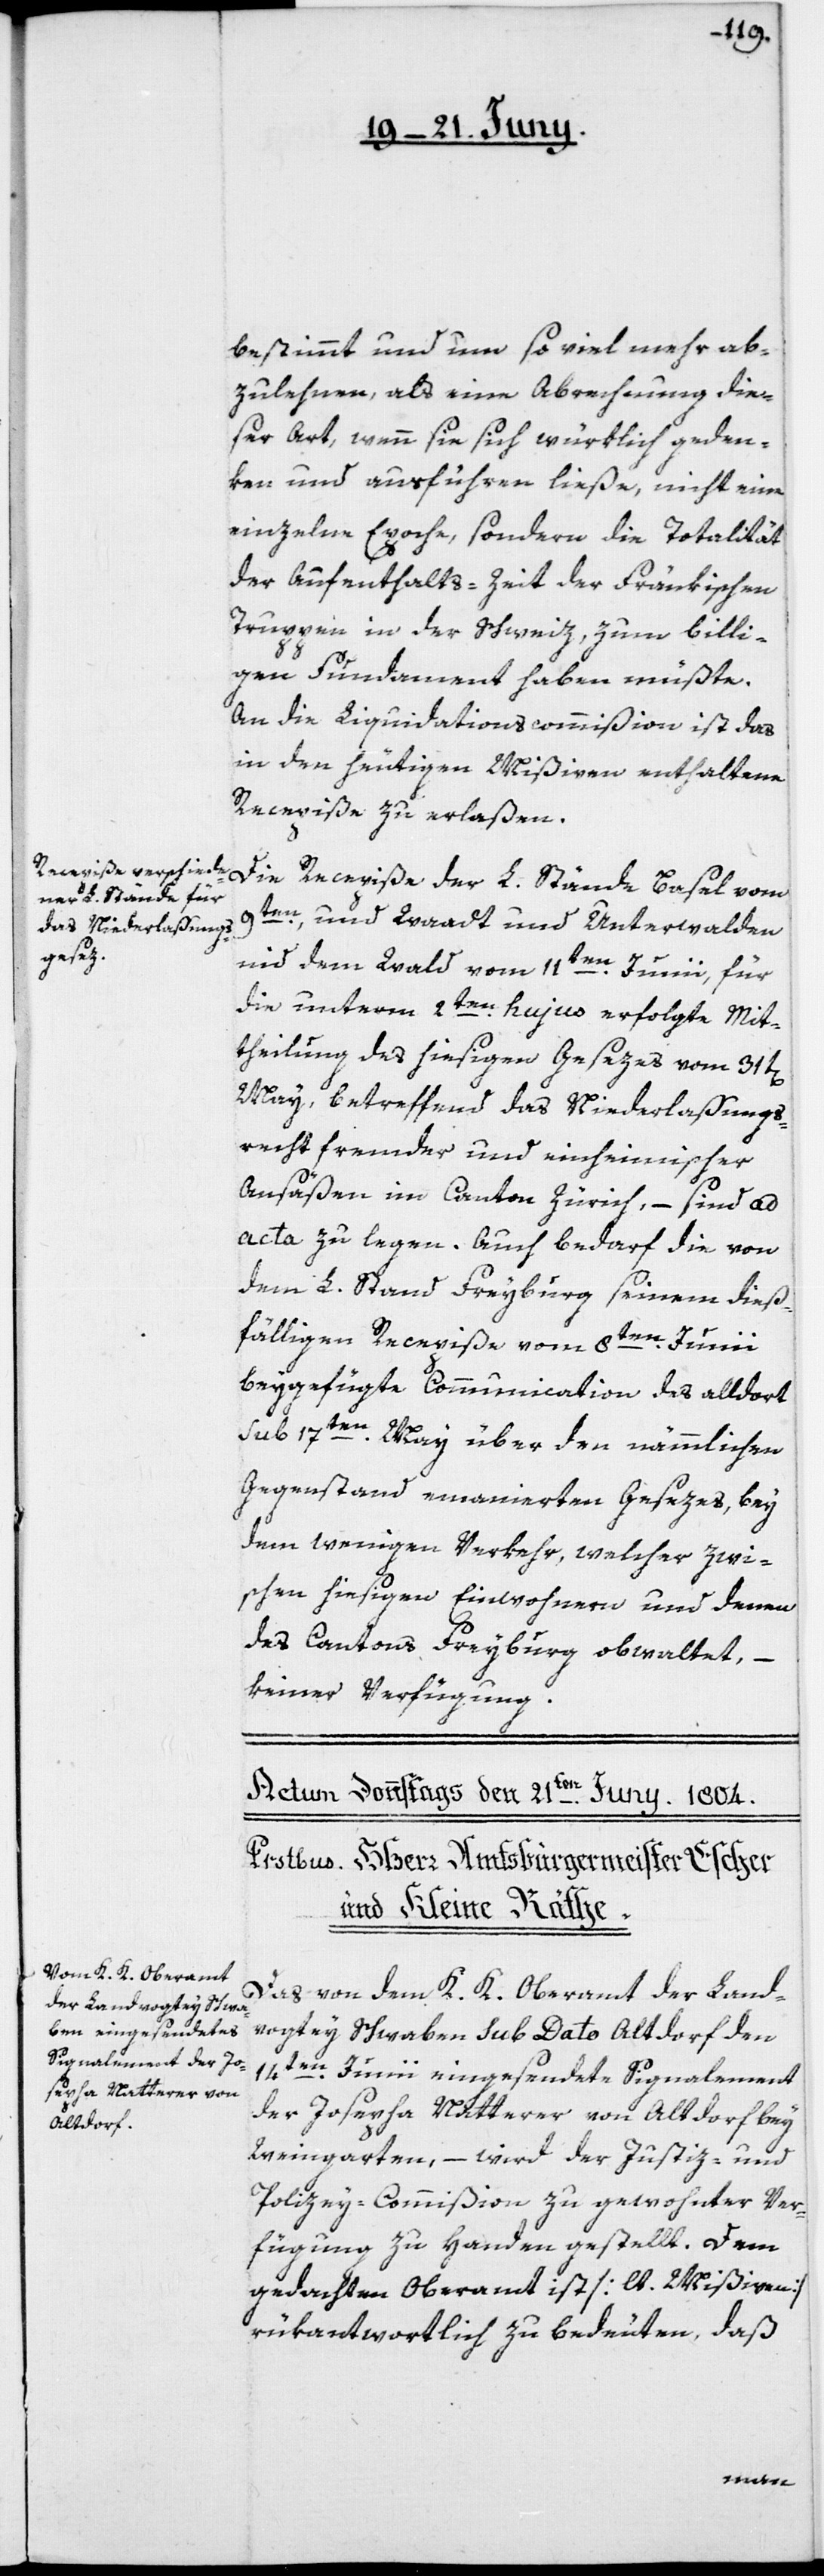
bestimmt und um so viel mehr ab¬
zulehnen, als eine Abrechnung die¬
ser Art, wenn sie sich würklich geden¬
ken und ausführen ließe, nicht eine
einzelne Epoche, sondern die Totalität
der Aufenthalts-Zeit der Fränkischen
Truppen in der Schweiz, zum billi¬
gen Fundament haben müßte.
An die Liquidationscommißion ist das
in den heutigen Mißiven enthaltene
Recepiße zu erlaßen.
Die Recepiße der L. Stände Basel vom
9ten, und Waadt und Unterwalden
nid dem Wald vom 11ten Junii, für
die unterm 2ten hujus erfolgte Mit¬
theilung des hiesigen Gesezes vom 31t[en]
May, betreffend das Niederlaßungs¬
recht fremder und einheimischer
Ansäßen im Canton Zürich, – sind ad
acta zu legen. Auch bedarf die von
dem L. Stand Freyburg seinem dieß¬
fälligen Recepiße vom 8ten Junii
beygefügte Communication des alldort
sub 17ten May über den nämmlichen
Gegenstand emanierten Gesezes, bey
dem wenigen Verkehr, welcher zwi¬
schen hiesigen Einwohnern und denen
des Cantons Freyburg obwaltet, –
keiner Verfügung.
Das von dem K. K. Oberamt der Land¬
vogtey Schwaben sub Dato Altdorf den
14ten Junii eingesendete Signalement
der Josepha Natterer von Altdorf bey
Weingarten, – wird der Justiz- und
Polizey-Commißion zu gewohnter Ver¬
fügung zu Handen gestellt. Dem
gedachten Oberamt ist [lt. Mißiven]
rükantwortlich zu bedeuten, daß